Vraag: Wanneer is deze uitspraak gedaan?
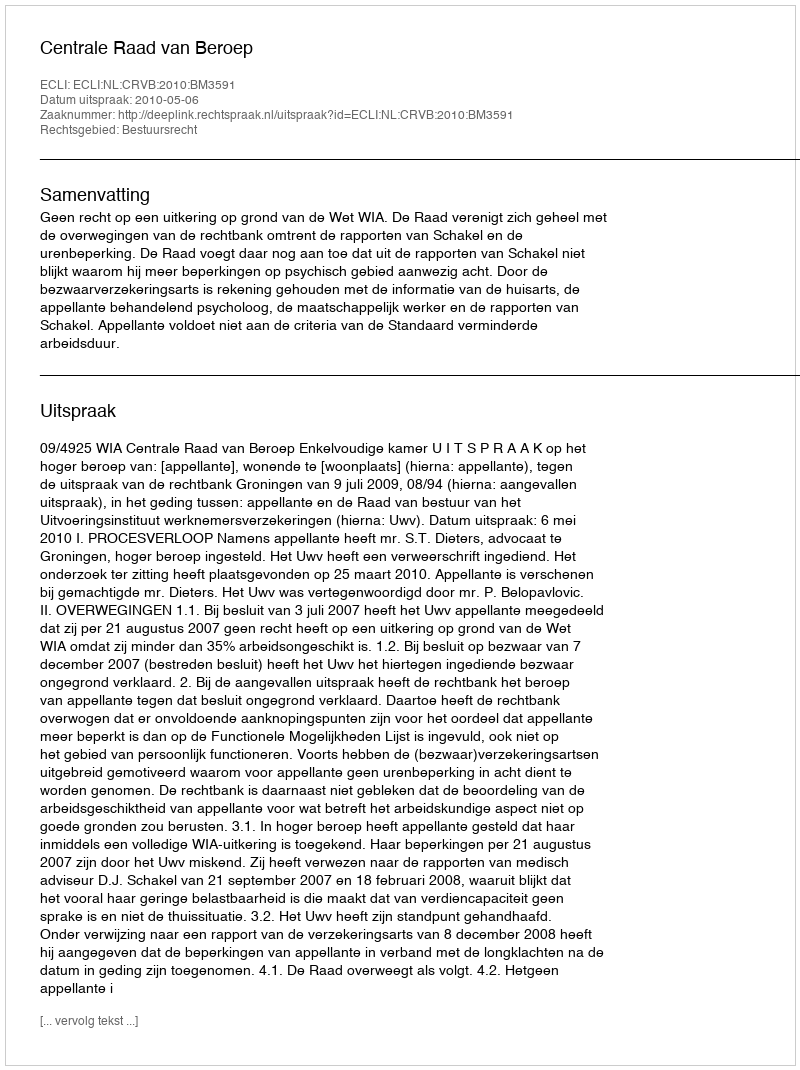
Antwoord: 2010-05-06